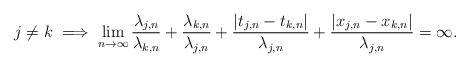
\begin{align*}j \neq k \implies \lim_{n \rightarrow \infty} \frac{\lambda_{j,n}}{\lambda_{k,n}} + \frac{\lambda_{k,n}}{\lambda_{j,n}} + \frac{|t_{j,n} - t_{k,n}|}{\lambda_{j,n}} + \frac{|x_{j,n} - x_{k,n}|}{\lambda_{j,n}} = \infty.\end{align*}